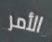
الأمر